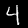
Label: 4